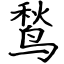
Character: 鹙